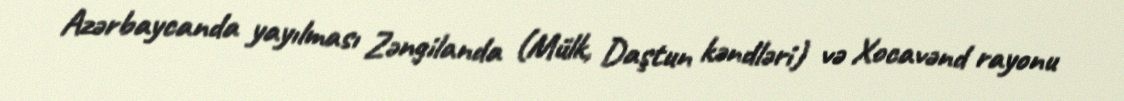
Azərbaycanda yayılması Zəngilanda (Mülk, Daştun kəndləri) və Xocavənd rayonu